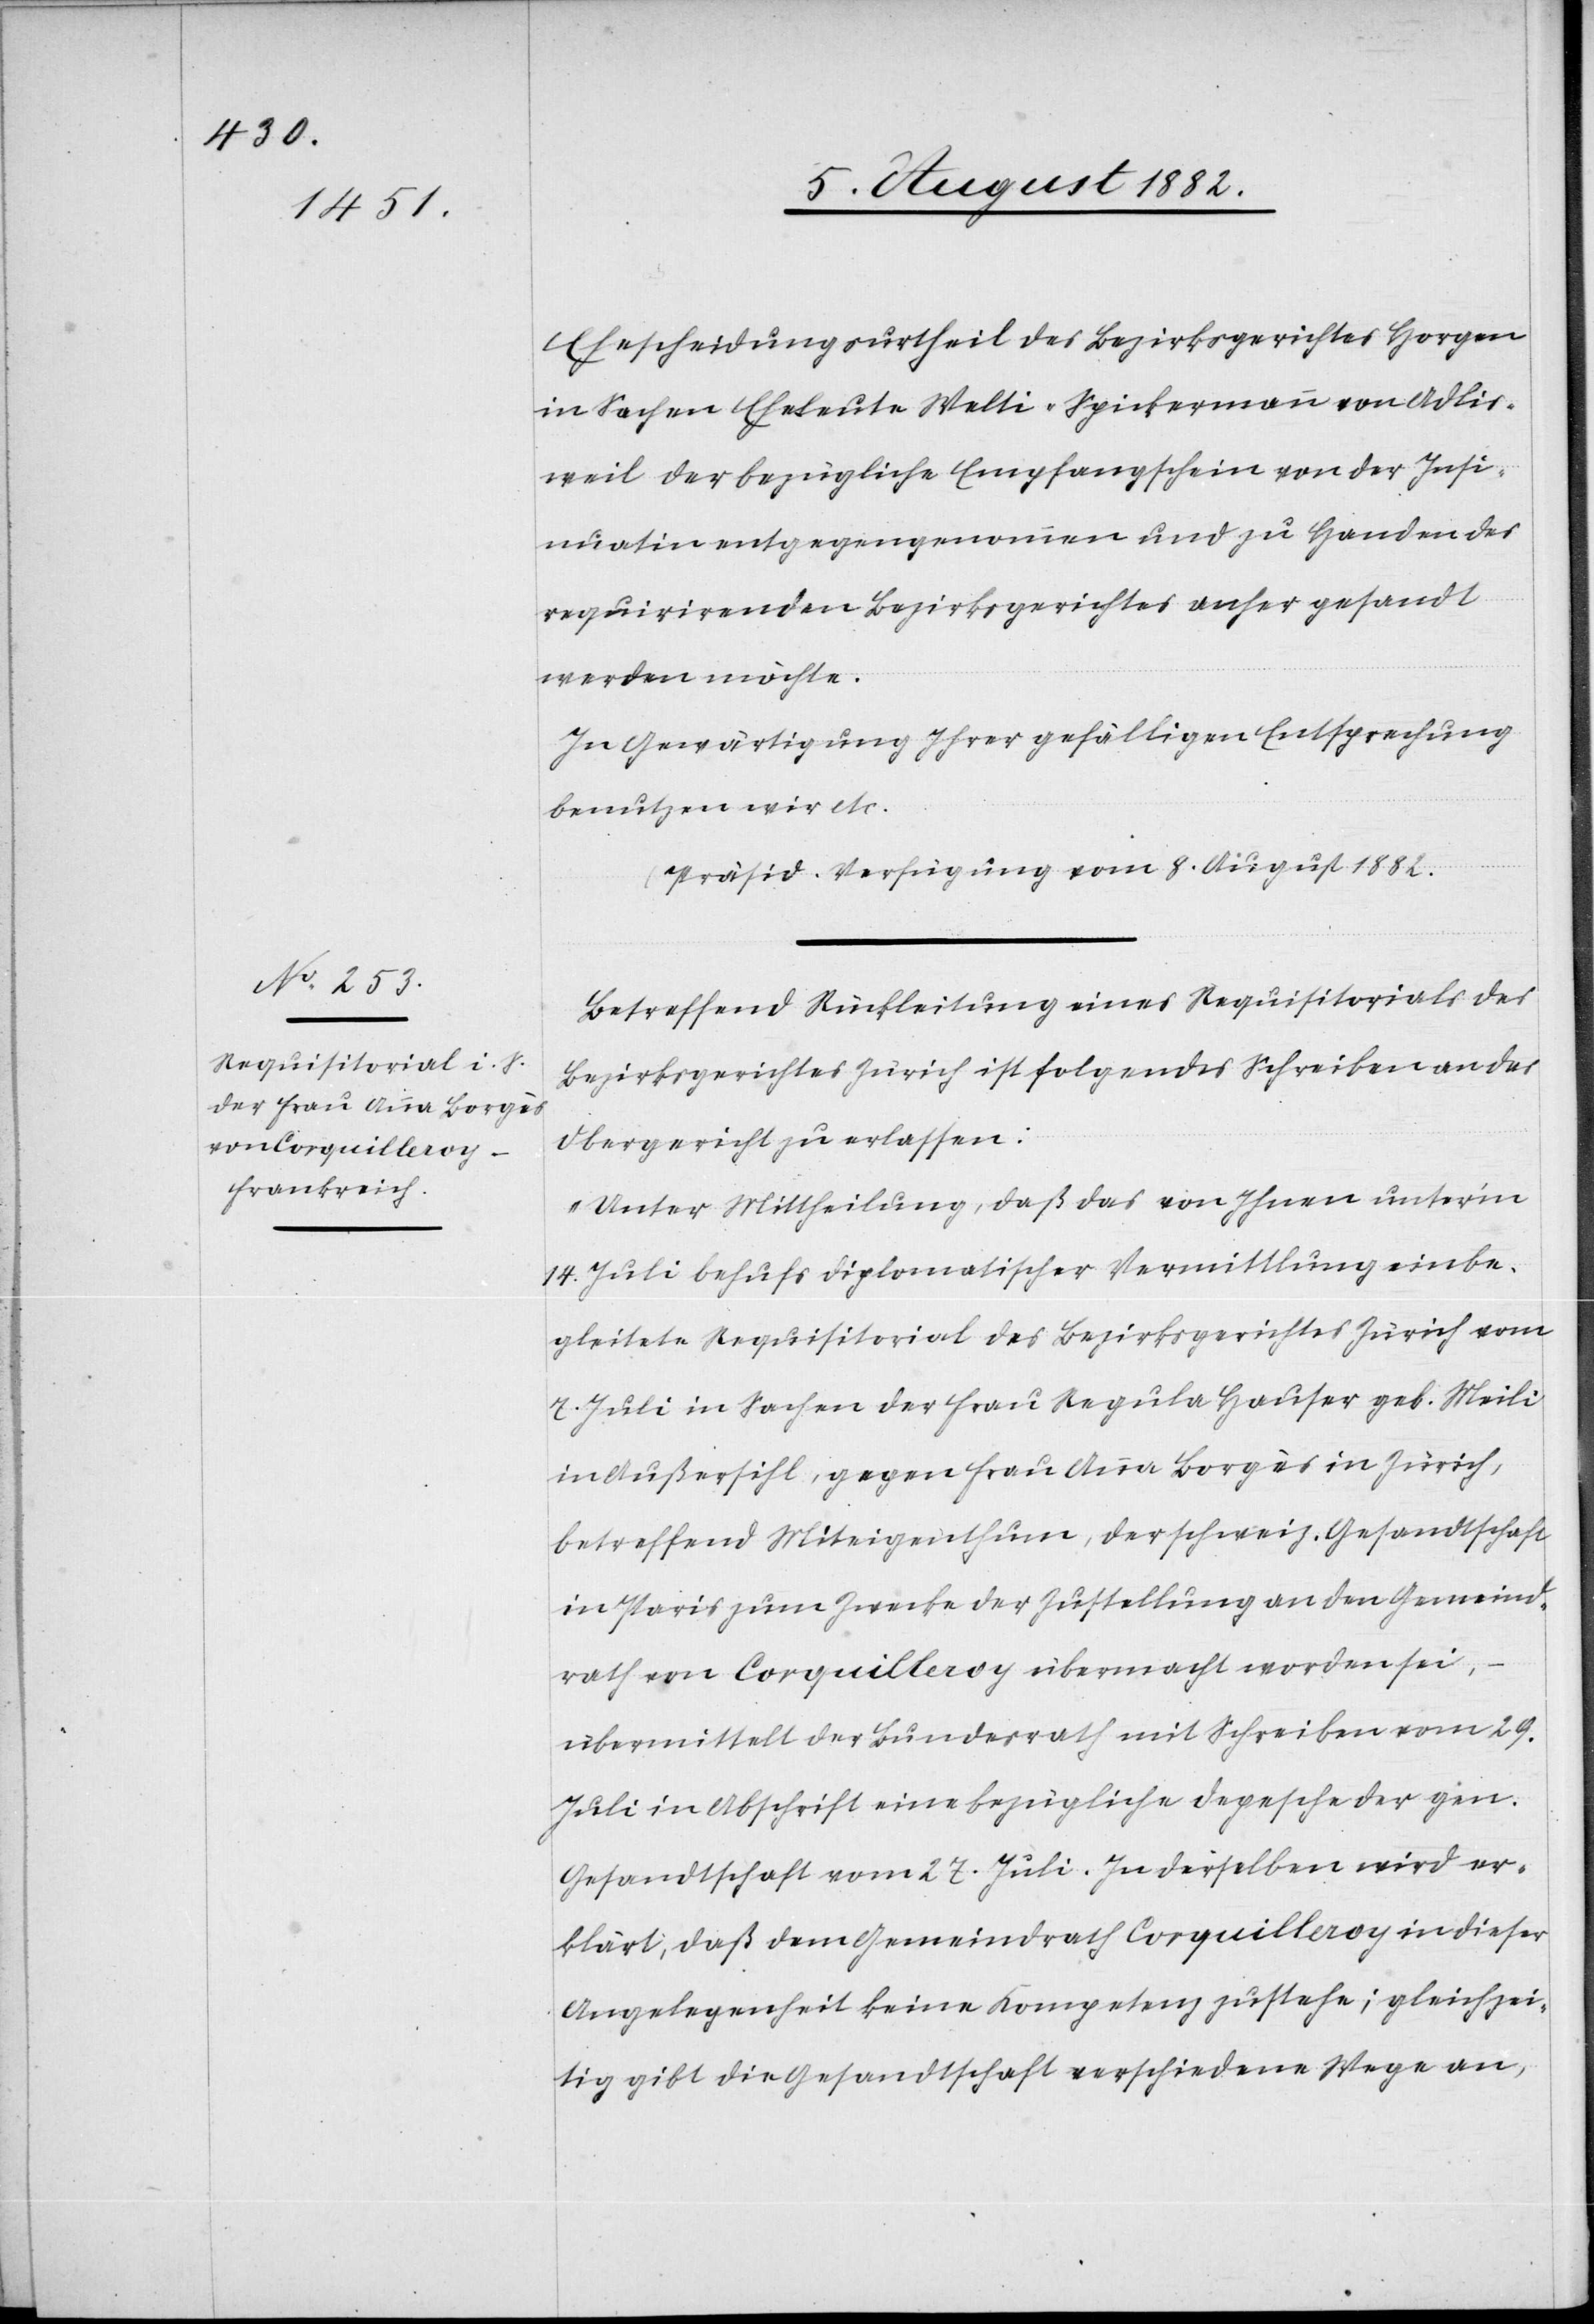
Ehescheidungsurtheil der Bezirksgerichtes Horgen
in Sachen Eheleute Welti-Spickermann von Adlis¬
weil der bezügliche Empfangschein von der Insi¬
nuation entgegengenommen und zu Handen des
requirirenden Bezirksgerichtes anher gesandt
werden möchte.
In Gewärtigung Ihrer gefälligen Entsprechung
benutzen wir etc.“
[Präsid. Verfügung vom 8. August 1882]
Betreffend Rückleitung eines Requisitorials des
Bezirksgerichtes Zürich ist folgendes Schreiben an das
Obergericht zu erlassen:
„Unter Mittheilung, daß das von Ihnen unter’m
14. Juli behufs diplomatischer Vermittlung einbe¬
gleitete Requisitorial des Bezirksgerichtes Zürich vom
7. Juli in Sachen der Frau Regula Hauser geb. Meili
in Außersihl, gegen Frau Anna Borgès in Zürich,
betreffend Miteigenthum, der schweiz. Gesandtschaft
in Paris zum Zwecke der Zustellung an den Gemeind¬
rath von Corquilleroy übermacht worden sei,
übermittelt der Bundesrath mit Schreiben vom 29.
Juli in Abschrift eine bezügliche Depesche der gen.
Gesandtschaft vom 27. Juli. In derselben wird er¬
klärt, daß dem Gemeindrath Corquilleroy in dieser
Angelegenheit keine Kompetenz zustehe; gleichzei¬
tig gibt die Gesandtschaft verschiedene Wege an,